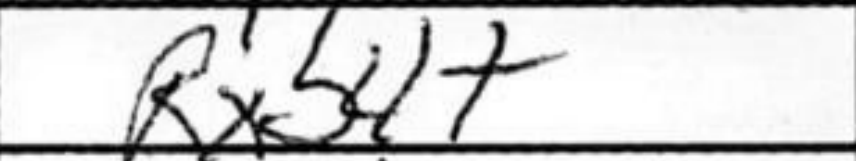
Transcription: Rxb4+